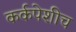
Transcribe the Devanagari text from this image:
कर्कपेशीच